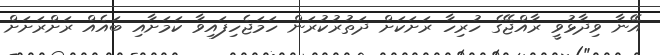
އޭނާ ވިދާޅުވީ ރާއްޖޭގެ ހުރިހާ ރަށަކަށް ދަތުރުކުރަން ހަމަޖެހިފައިވާ ކަމަށާއި ބައެއް ރަށްރަށަށް